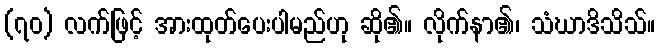
(၇၀) လက်ဖြင့် အားထုတ်ပေးပါမည်ဟု ဆို၏။ လိုက်နာ၏၊ သံဃာဒိသိသ်။